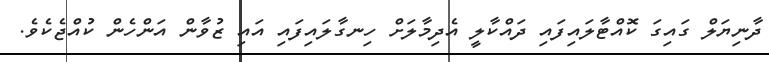
ދާނިޔަލް ގައިގަ ކޮއްޓާލައިފައި ދައްކާލީ އެދިމާލަށް ހިނގާލައިފައި އައި ޒުވާން އަންހެން ކުއްޖެކެވެ.